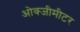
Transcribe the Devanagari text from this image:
ओक्जीमीटर